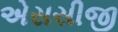
એસસીજી